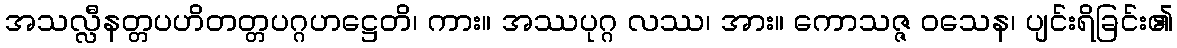
အသလ္လီနတ္တပဟိတတ္တပဂ္ဂဟဋ္ဌေတိ၊ ကား။ အဿပုဂ္ဂ လဿ၊ အား။ ကောသဇ္ဇ ဝသေန၊ ပျင်းရိခြင်း၏